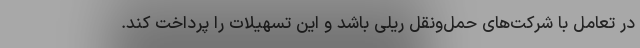
در تعامل با شرکت‌های حمل‌ونقل ریلی باشد و این تسهیلات را پرداخت کند.